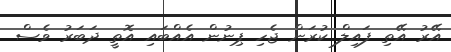
އޭރު އޭތި ފައިލް ކުރަން ޖެހި ޕިނުން އެއްބައި އޮތީ ދަބަރު ވެސް